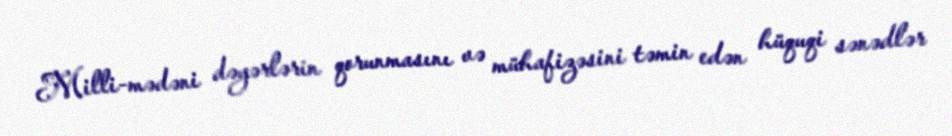
Milli-mədəni dəyərlərin qorunmasını və mühafizəsini təmin edən hüquqi sənədlər